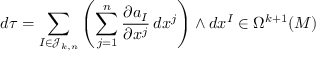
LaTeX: d \tau = \sum _ { I \in { \mathcal { J } } _ { k , n } } \left( \sum _ { j = 1 } ^ { n } { \frac { \partial a _ { I } } { \partial x ^ { j } } } \, d x ^ { j } \right) \wedge d x ^ { I } \in \Omega ^ { k + 1 } ( M )